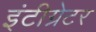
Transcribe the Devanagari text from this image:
इंटीग्रेटर